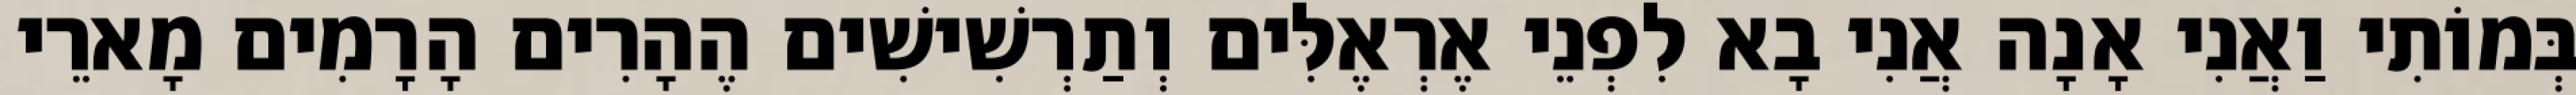
בְּמוֹתִי וַאֲנִי אָנָה אֲנִי בָא לִפְנֵי אֶרְאֶלִּים וְתַרְשִׁישִׁים הֶהָרִים הָרָמִים מָארֵי